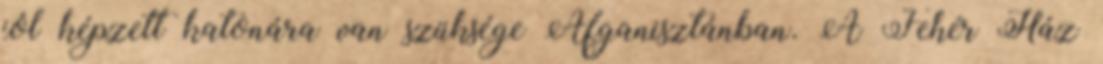
jól képzett katonára van szüksége Afganisztánban. A Fehér Ház